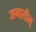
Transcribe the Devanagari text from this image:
जगातील्